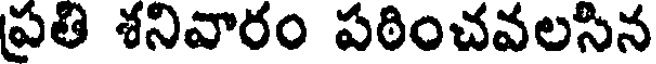
ప్రతి శనివారం పఠించవలసిన